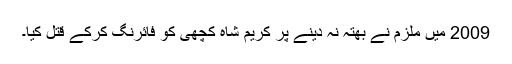
2009 میں ملزم نے بھتہ نہ دینے پر کریم شاہ کچھی کو فائرنگ کرکے قتل کیا۔